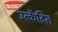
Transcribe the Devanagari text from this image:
उत्केंद्रित